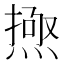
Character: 𱫰